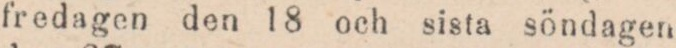
fredagen den 18 och sista söndagen